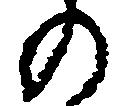
の